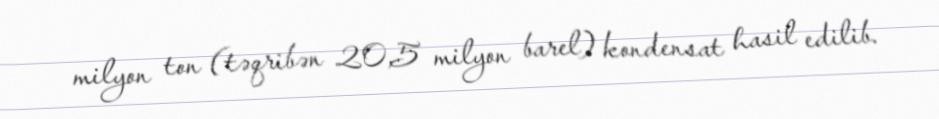
milyon ton (təqribən 20,5 milyon barel) kondensat hasil edilib.